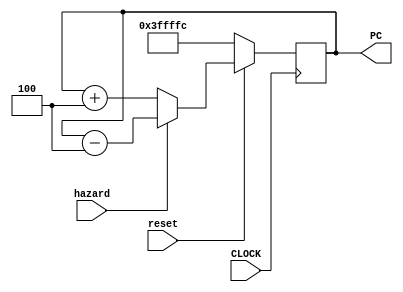
// pc_controller.v

module pc_controller(
	input wire CLOCK,
	input wire reset,
	input wire hazard,
	output reg [31:0]PC
);

	initial begin
		PC = 32'h00400000 - 4;
	end
	
		always @(posedge CLOCK) begin
			
			if (reset == 1'b0) begin
				PC <= 32'h00400000 - 4;
			end
			
			else if (hazard == 1) begin
				PC <= PC - 4;
			end else begin
				PC <= (PC + 4);
			end
		end
endmodule